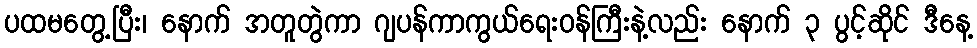
ပထမတွေ့ပြီး၊ နောက် အတူတွဲကာ ဂျပန်ကာကွယ်ရေးဝန်ကြီးနဲ့လည်း နောက် ၃ ပွင့်ဆိုင် ဒီနေ့